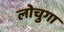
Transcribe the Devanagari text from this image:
लोचुगा